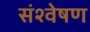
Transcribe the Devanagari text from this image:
संश्वेषण